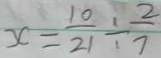
x = \frac { 1 0 } { 2 1 } \div \frac { 2 } { 7 }